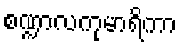
စဏ္ဍာလကုမာရိကာ